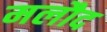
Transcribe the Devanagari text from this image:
मलौद